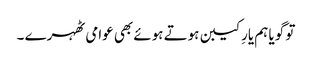
تو گویا ہم یارِ کیبن ہوتے ہوئے بھی عوامی ٹھہرے ۔